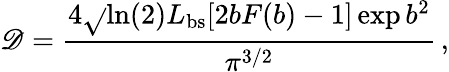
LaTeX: \mathscr{D}=\frac{{4\sqrt{}{{\ln(2)}}L_{\mathrm{{bs}}}[2bF(b)-1]\exp{b^{2}}}}{{\pi^{3/2}}}\, ,